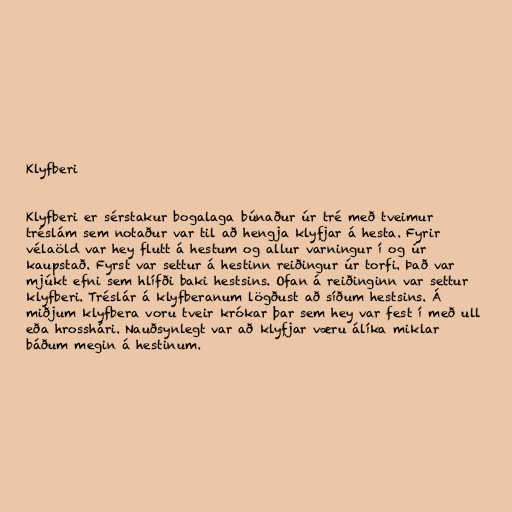
Klyfberi

Klyfberi er sérstakur bogalaga búnaður úr tré með tveimur
tréslám sem notaður var til að hengja klyfjar á hesta. Fyrir
vélaöld var hey flutt á hestum og allur varningur í og úr
kaupstað. Fyrst var settur á hestinn reiðingur úr torfi. Það var
mjúkt efni sem hlífði baki hestsins. Ofan á reiðinginn var settur
klyfberi. Tréslár á klyfberanum lögðust að síðum hestsins. Á
miðjum klyfbera voru tveir krókar þar sem hey var fest í með ull
eða hrosshári. Nauðsynlegt var að klyfjar væru álíka miklar
báðum megin á hestinum.